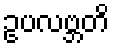
ဥပလဗ္ဘတိ